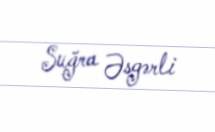
Suğra Əsgərli